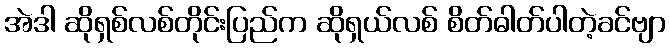
အဲဒါ ဆိုရှစ်လစ်တိုင်းပြည်က ဆိုရှယ်လစ် စိတ်ဓါတ်ပါတဲ့ခင်ဗျာ